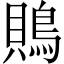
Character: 鵙